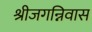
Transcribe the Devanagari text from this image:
श्रीजगन्निवास